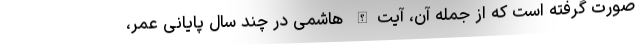
صورت گرفته است که از جمله آن، آیت‌الله هاشمی در چند سال پایانی عمر،